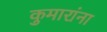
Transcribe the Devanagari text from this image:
कुमारांना